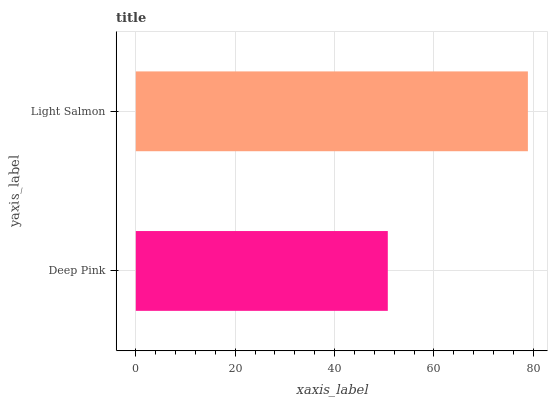
| yaxis_label | bars |
 | --- | --- |
 | Deep Pink | 50.7 |
 | Light Salmon | 78.9 |